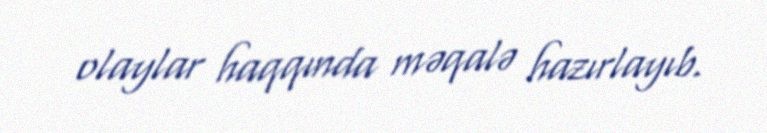
olaylar haqqında məqalə hazırlayıb.